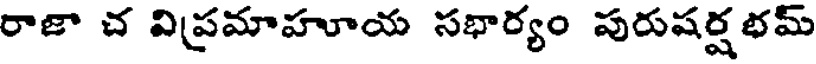
రాజా చ విప్రమాహూయ సభార్యం పురుషర్షభమ్